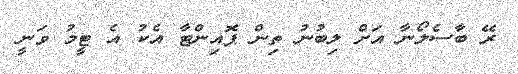
ރޭ ބާސެލޯނާ އަށް ލިބުނު ތިން ޕޮއިންޓާ އެކު އެ ޓީމު ވަނީ